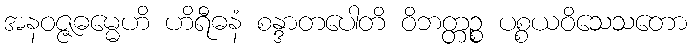
အနဝဇ္ဇဓမ္မေဟိ ဟိရီဓနံ စန္ဒာတပေါတိ ဝိဘတ္တဉ္စ ပစ္စယဝိသေသတော